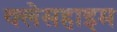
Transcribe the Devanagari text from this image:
क्लेसहाइम